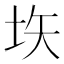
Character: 垁